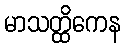
မာသတ္ထိကေန